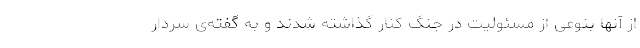
از آنها بنوعی از مسئولیت در جنگ کنار گذاشته شدند و به گفته‌ی سردار